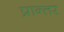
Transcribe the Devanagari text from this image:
प्रान्तर